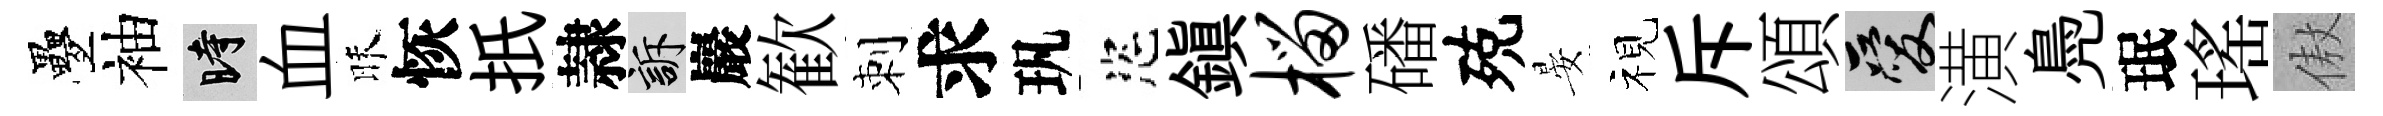
疊袖时血昧恢扺隷訴巖歓刺求㺬恣鎭榴磻殑晏视斥頌爱潢鳧珉瑤傲